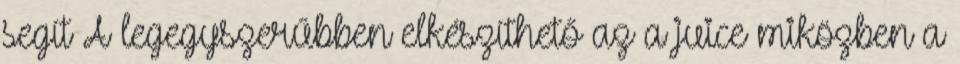
segít A legegyszerűbben elkészíthető az a juice miközben a